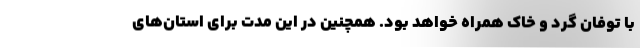
با توفان گرد و خاک همراه خواهد بود. همچنین در این مدت برای استان‌های